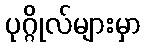
ပုဂ္ဂိုလ်များမှာ